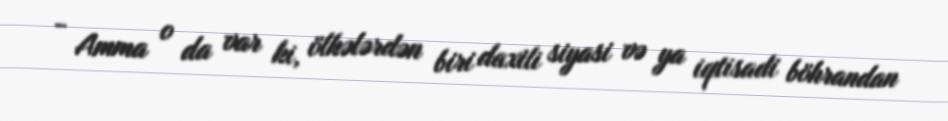
- Amma o da var ki, ölkələrdən biri daxili siyasi və ya iqtisadi böhrandan